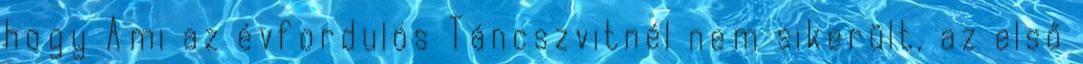
hogy Ami az évfordulós Táncszvitnél nem sikerült, az első